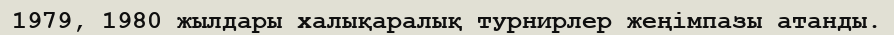
1979, 1980 жылдары халықаралық турнирлер жеңімпазы атанды.